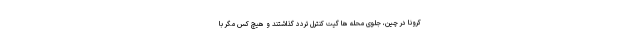
کرونا در چین، جلوی محله ها گیت کنترل تردد گذاشتند و هیچ کس مگر با